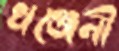
খঞ্জেনী